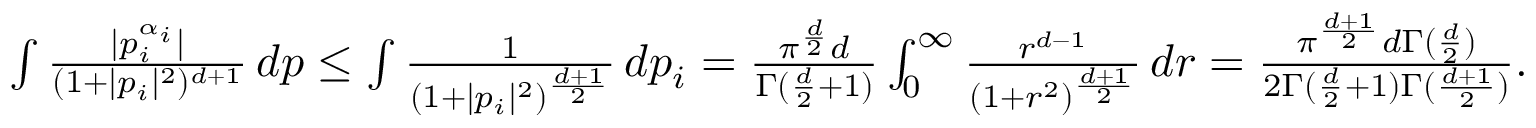
\begin{array} { r } { \int \frac { | p _ { i } ^ { \alpha _ { i } } | } { ( 1 + | p _ { i } | ^ { 2 } ) ^ { d + 1 } } \, d p \leq \int \frac { 1 } { ( 1 + | p _ { i } | ^ { 2 } ) ^ { \frac { d + 1 } { 2 } } } \, d p _ { i } = \frac { \pi ^ { \frac { d } { 2 } } d } { \Gamma ( \frac { d } { 2 } + 1 ) } \int _ { 0 } ^ { \infty } \frac { r ^ { d - 1 } } { ( 1 + r ^ { 2 } ) ^ { \frac { d + 1 } { 2 } } } \, d r = \frac { \pi ^ { \frac { d + 1 } { 2 } } d \Gamma ( \frac { d } { 2 } ) } { 2 \Gamma ( \frac { d } { 2 } + 1 ) \Gamma ( \frac { d + 1 } { 2 } ) } . } \end{array}